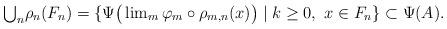
LaTeX: \begin{align*} \textstyle{\bigcup_n} \rho_n(F_n)=\{\Psi\big(\lim_m \varphi_m \circ \rho_{m,n}(x)\big) \mid k\geq 0,\ x\in F_n\}\subset \Psi(A).\end{align*}